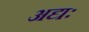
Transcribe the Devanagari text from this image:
अद्यः